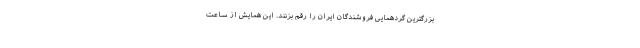
بزرگترین گردهمایی فروشندگان ایران را رقم بزنند. این همایش از ساعت